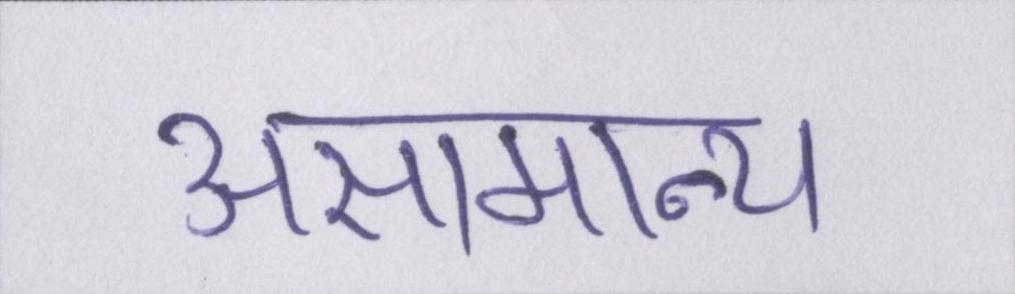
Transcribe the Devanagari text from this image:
असामान्य